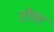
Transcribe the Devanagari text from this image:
टोंगर